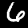
Label: 6